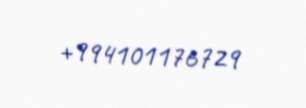
+994101176729